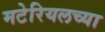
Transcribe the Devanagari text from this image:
मटेरियलच्या